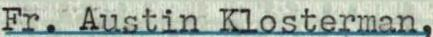
Fr. Austin Klosterman,